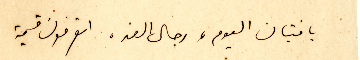
يا فتيان اليوم، رجال الغد، اتعرفون قيمة